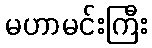
မဟာမင်းကြီး